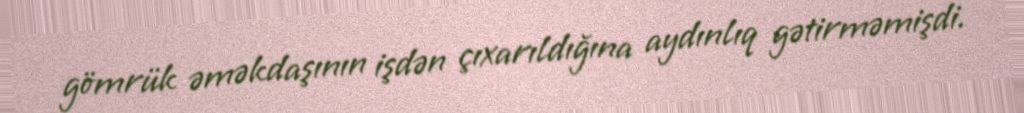
gömrük əməkdaşının işdən çıxarıldığına aydınlıq gətirməmişdi.